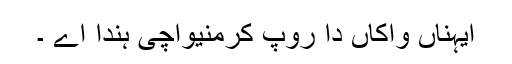
ایہناں واکاں دا روپ کرمنیواچی ہندا اے ۔